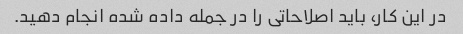
در این کار، باید اصلاحاتی را در جمله داده شده انجام دهید.